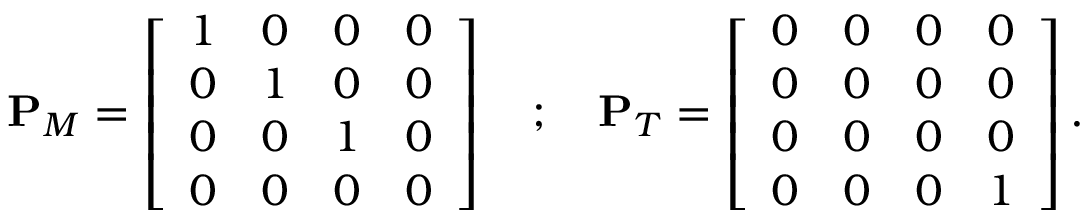
\begin{array} { r } { \mathbf { P } _ { M } = \left[ \begin{array} { c c c c } { 1 } & { 0 } & { 0 } & { 0 } \\ { 0 } & { 1 } & { 0 } & { 0 } \\ { 0 } & { 0 } & { 1 } & { 0 } \\ { 0 } & { 0 } & { 0 } & { 0 } \end{array} \right] ~ ~ ~ ; ~ ~ ~ \mathbf { P } _ { T } = \left[ \begin{array} { c c c c } { 0 } & { 0 } & { 0 } & { 0 } \\ { 0 } & { 0 } & { 0 } & { 0 } \\ { 0 } & { 0 } & { 0 } & { 0 } \\ { 0 } & { 0 } & { 0 } & { 1 } \end{array} \right] . } \end{array}